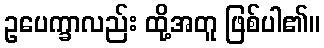
ဥပေက္ခာလည်း ထို့အတူ ဖြစ်ပါ၏။